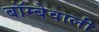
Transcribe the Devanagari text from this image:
बॉम्बेवाली